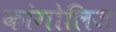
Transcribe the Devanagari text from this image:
कांगोलिज